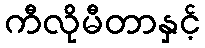
ကီလိုမီတာနှင့်